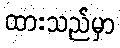
ထားသည်မှာ